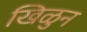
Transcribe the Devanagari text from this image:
खिळुन